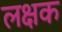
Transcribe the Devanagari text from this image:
लक्षक